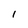
Character: I